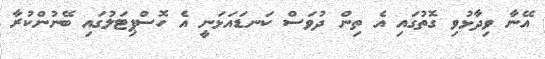
އޭނާ ވިދާޅުވި ގޮތުގައި އެ ތިން ދުވަސް ކަނޑައަޅަނީ އެ ހޮސްޕިޓަލުގައި ބޭނުންކުރާ